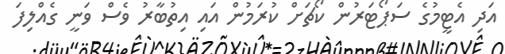
އަދި އެޓީމުގެ ސަޕޯޓަރުން ކޯޗަށް ކުރަމުން އައި އިތުބާރު ވެސް ވަނީ ގެއްލިފަ